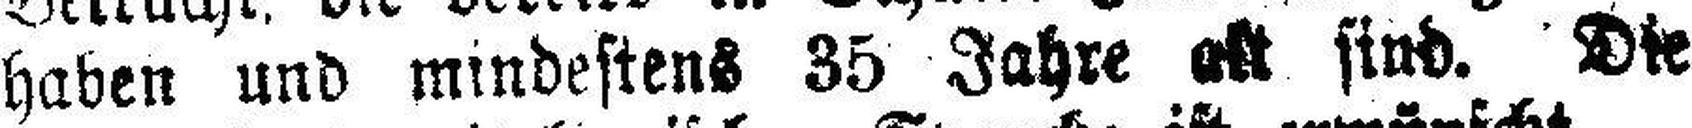
haben und mindestens 35 Jahre alt sind. Die